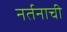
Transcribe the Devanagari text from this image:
नर्तनाची